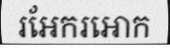
រអែករអោក